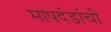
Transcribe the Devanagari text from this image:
मापदंडांची